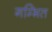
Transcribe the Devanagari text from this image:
गम्भित